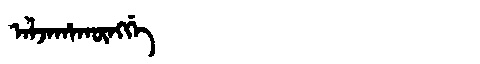
Manchu: ᠠᠯᠵᠠᡥᠠᡴᡡᠩᡤᡝ
Romanization: ALJAHAKŪNGGE